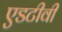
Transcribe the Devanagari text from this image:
एडटीवी